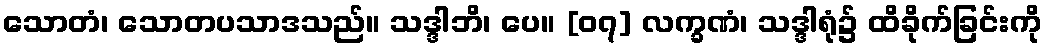
သောတံ၊ သောတပသာဒသည်။ သဒ္ဒါဘိ၊ ပေ။ [၀၇] လက္ခဏံ၊ သဒ္ဒါရုံ၌ ထိခိုက်ခြင်းကို